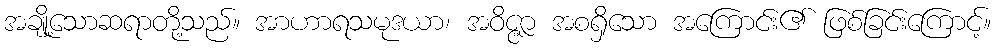
အချို့သောဆရာတို့သည်။ အာဟာရသမုဒယာ၊ အဝိဇ္ဇာ အစရှိသော အကြောင်း၏ ဖြစ်ခြင်းကြောင့်။